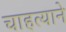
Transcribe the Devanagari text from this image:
चाहत्याने